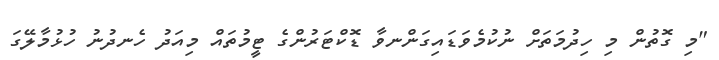
"މި ގޮތުން މި ހިދުމަތަށް ނުކުމެވަޑައިގަންނވާ ޑޮކްޓަރުންގެ ޓީމުތައް މިއަދު ހެނދުނު ހުޅުމާލޭގަ